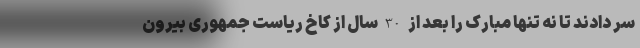
سر دادند تا نه تنها مبارک را بعد از 30 سال از کاخ ریاست جمهوری بیرون